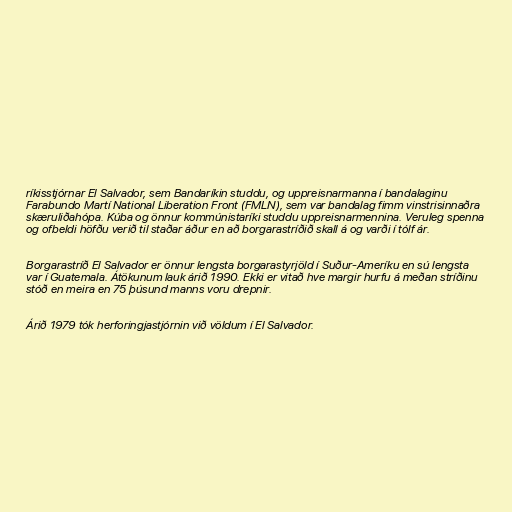
ríkisstjórnar El Salvador, sem Bandaríkin studdu, og uppreisnarmanna í bandalaginu
Farabundo Martí National Liberation Front (FMLN), sem var bandalag fimm vinstrisinnaðra
skæruliðahópa. Kúba og önnur kommúnistaríki studdu uppreisnarmennina. Veruleg spenna
og ofbeldi höfðu verið til staðar áður en að borgarastríðið skall á og varði í tólf ár.

Borgarastríð El Salvador er önnur lengsta borgarastyrjöld í Suður-Ameríku en sú lengsta
var í Guatemala. Átökunum lauk árið 1990. Ekki er vitað hve margir hurfu á meðan stríðinu
stóð en meira en 75 þúsund manns voru drepnir.

Árið 1979 tók herforingjastjórnin við völdum í El Salvador.